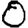
Digit: 0